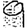
Digit: 9